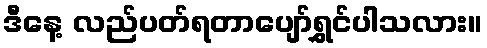
ဒီနေ့ လည်ပတ်ရတာပျော်ရွှင်ပါသလား။